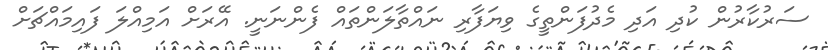
ސަރުކާރުން ކުދި އަދި މެދުފަންތީގެ ވިޔަފާރި ނައްތާލަންތައް ފެންނަނީ. އޭރަށް އަމިއްލަ ފައިމައްޗަށް